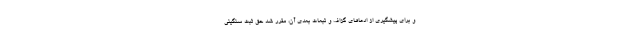
و برای پیشگیری از ادعاهای گزاف و تبعات بعدی آن، مقرر شد حق ثبت سنگینی